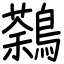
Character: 鷋